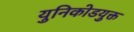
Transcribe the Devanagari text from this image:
युनिकोडयुक्त